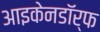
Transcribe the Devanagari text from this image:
आइकेनडॉर्फ